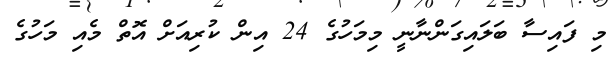
މި ފައިސާ ބަލައިގަންނާނީ މިމަހުގެ 24 އިން ކުރިއަށް އޮތް މެއި މަހުގެ